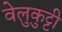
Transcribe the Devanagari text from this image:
वेलुकुट्टी